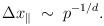
LaTeX: \begin{align*}\Delta x_{\parallel}\;\sim\;p^{-1/d}.\end{align*}